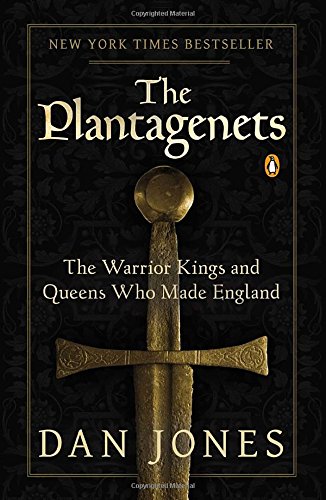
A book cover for The Plantagenets: The Warrior Kings and Queens Who Made England; Dan Jones; Biographies & Memoirs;